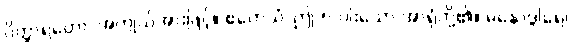
ဝိတ္ထာရတော၊ အကျယ်အားဖြင့်။ ဧတေသံ၊ ဤ ၅-ပါးသော အာရုံတို့၏။ မနောဒွါရေ၊